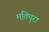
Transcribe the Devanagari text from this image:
मतिपुरा